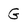
Character: G